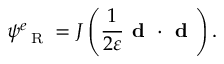
\psi _ { \mathrm { ~ \tiny ~ R ~ } } ^ { e } = J \left( \frac { 1 } { 2 \varepsilon } \textbf { d } \cdot \textbf { d } \right) .